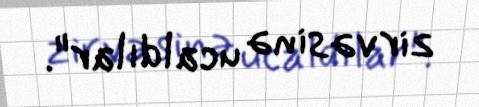
zirvəsinə ucaldılar".